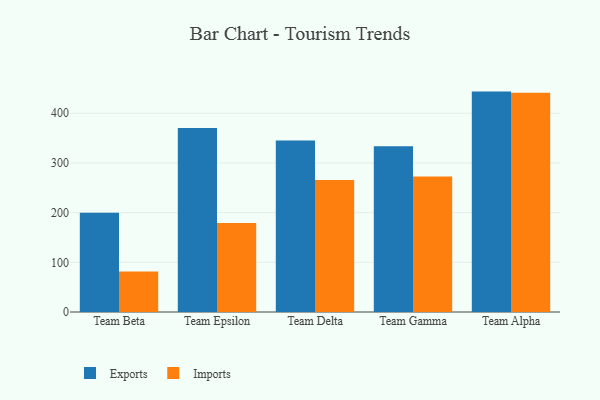
{"axis": {"x": "Team", "y": "Temperature (°C)"}, "legend": ["Exports", "Imports"], "data": [{"x": "Team Beta", "y": 199.8, "type": "Exports"}, {"x": "Team Beta", "y": 81.6, "type": "Imports"}, {"x": "Team Epsilon", "y": 370.2, "type": "Exports"}, {"x": "Team Epsilon", "y": 179.1, "type": "Imports"}, {"x": "Team Delta", "y": 345.1, "type": "Exports"}, {"x": "Team Delta", "y": 265.6, "type": "Imports"}, {"x": "Team Gamma", "y": 333.5, "type": "Exports"}, {"x": "Team Gamma", "y": 272.5, "type": "Imports"}, {"x": "Team Alpha", "y": 443.6, "type": "Exports"}, {"x": "Team Alpha", "y": 441.1, "type": "Imports"}]}